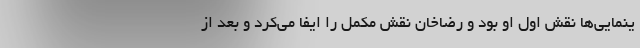
ینمایی‌ها نقش اول او بود و رضاخان نقش مکمل را ایفا می‌کرد و بعد از